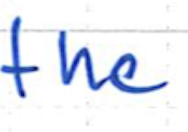
Text: the
Cross-out: clean
Writing tool: ballpoint